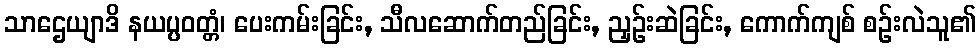
သာဌေယျာဒိ နယပ္ပဝတ္တံ၊ ပေးကမ်းခြင်း, သီလဆောက်တည်ခြင်း, ညှဉ်းဆဲခြင်း, ကောက်ကျစ် စဉ်းလဲသူ၏